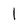
Character: l